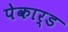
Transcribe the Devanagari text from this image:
पेकार्ड